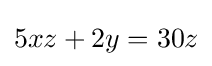
5xz+2y=30z